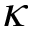
\kappa